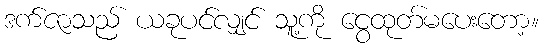
ဒက်ဇာသည် ယခုပင်လျှင် သူ့ကို ငွေထုတ်မပေးတော့။